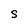
Character: S